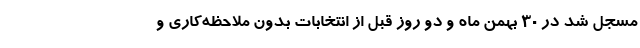
مسجل شد در ۳۰ بهمن ماه و دو روز قبل از انتخابات بدون ملاحظه‌کاری و